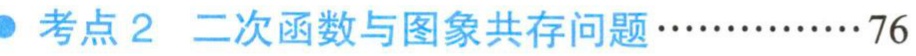
考点2 二次函数与图象共存问题\(\cdots\cdots\cdots\cdots76\)